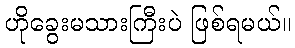
ဟိုခွေးမသားကြီးပဲ ဖြစ်ရမယ်။